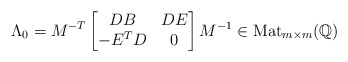
\begin{align*}\Lambda_0=M^{-T}\left[\begin{matrix}DB&DE\\-E^TD&0\\\end{matrix}\right]M^{-1}\in\operatorname{Mat}_{m\times m}(\mathbb{Q})\end{align*}